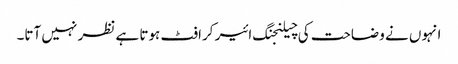
انہوں نے وضاحت کی چیلنجنگ ائیر کرافٹ ہوتا ہے نظر نہیں آتا۔